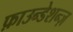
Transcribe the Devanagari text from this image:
फ़ाउन्डेशन्ज़